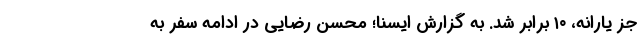
جز یارانه، ۱۰ برابر شد. به گزارش ایسنا؛ محسن رضایی در ادامه سفر به